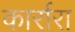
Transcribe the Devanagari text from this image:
कार्रारा